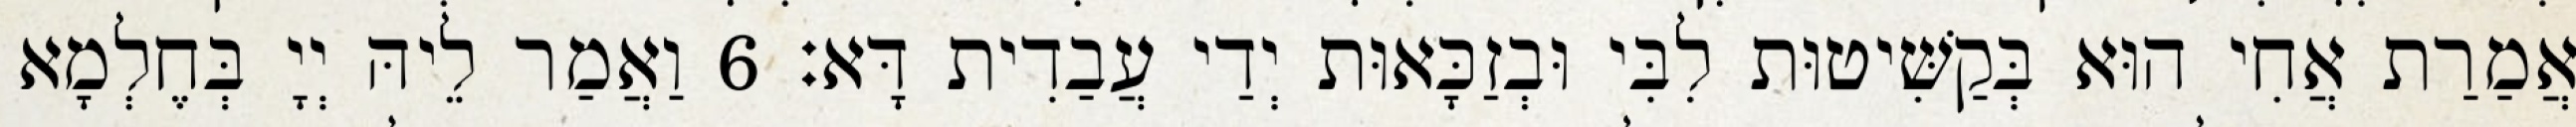
אֲמַרַת אֲחִי הוּא בְּקַשִּׁיטוּת לִבִּי וּבְזַכָּאוּת יְדַי עֲבַדִית דָּא׃ 6 וַאֲמַר לֵיהּ יְיָ בְּחֶלְמָא